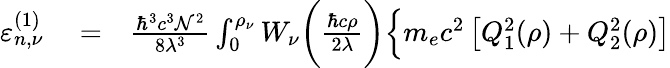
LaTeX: \begin{array}{rlr}{\varepsilon_{n,\nu}^{(1)}}&{{}=}&{\frac{\hbar^{3}c^{3}\mathcal{N}^{2}}{8\lambda^{3}}\int_{0}^{\rho_{\nu}}W_{\nu}\bigg(\frac{\hbar c\rho}{2\lambda}\bigg)\Big\{ m_{e}c^{2}\, \big[Q_{1}^{2}(\rho)+Q_{2}^{2}(\rho)\big]}\end{array}